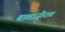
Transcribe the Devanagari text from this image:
बालाजीराव